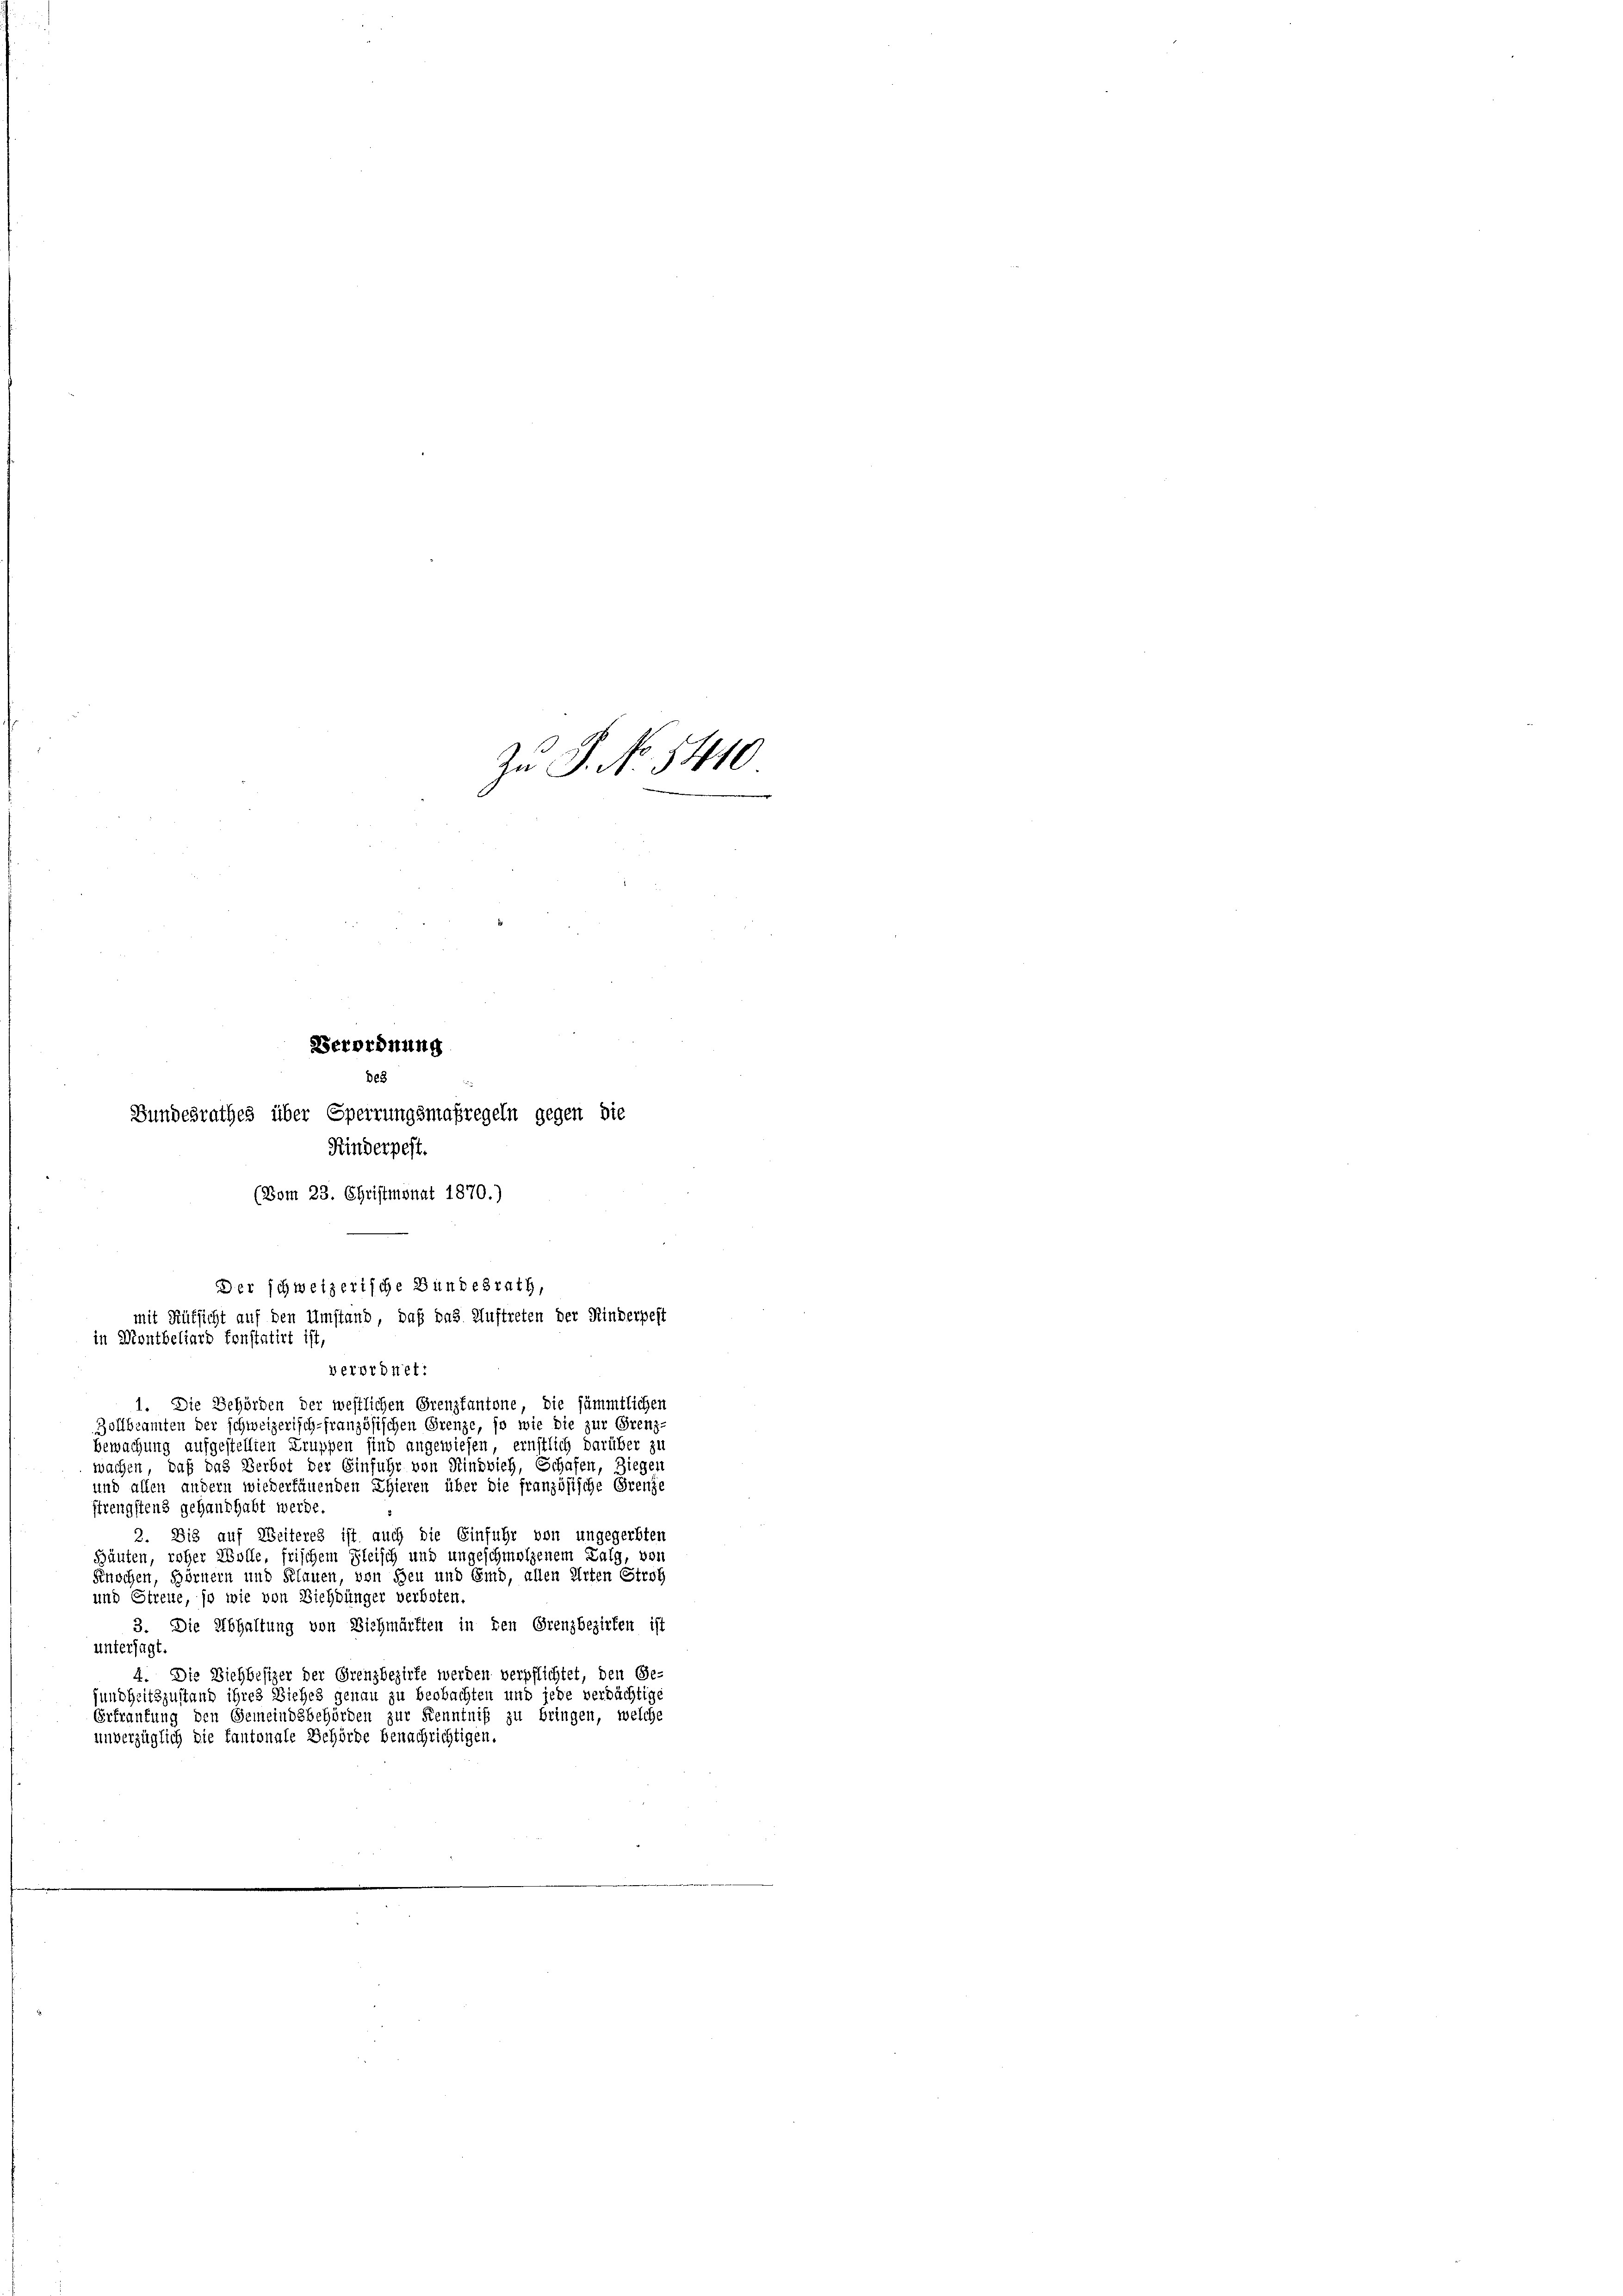
Zu S. No. 5410
Verordnung
Des
Bundesrathes über Sperrungsmaßregeln gegen die

Kinderpest.
(Vom 23. Christmonat 1870.)
1. Die Behörden der westlichen Grenzkantone, die sämmtlichen
Zollbeamten der schweizerisch-französischen Grenze, so wie die zur Grenz-
bewachung aufgestellten Truppen sind angewiesen, ernstlich darüber zu
wachen, daß das Verbot der Einfuhr von Rindvieh, Schafen, Zieger
und allen andern wiederfäuenden Thieren über die französische Grenze
ffrengstens gehandhabt werde.
2. Bis auf Weiteres ist auch die Einfuhr von ungegerbten
Günten, roher Wolle, frischem Fleisch und ungeschmolzenem Talg, vor
Schochen, Hörnern und Klauen, von Heu und Emd, allen Arten Stroh
und Streue, so wie von Dichbünger verboten.
3. Die Abhaltung von Dichmärften in den Grenzbezirken ist
untersagt.
4. Die Dichbesizer der Grenzbezirke werden verpflichtet, den Ge-
undheitszustand ihres Siehes genau zu beobachten und jede verdächtige
Ertrautung den Gemeindsbehörden zur Kenntniß zu bringen, welche
unverzüglich die Kantonale Behörde benachrichtigen.

Der schweizerische Bundesrath,
mit Rüksicht auf den Umstand, daß das Auftreten der Kinderpest
in Montbeliard konstatirt ist,
verordnet: